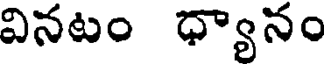
వినటం ధ్యానం